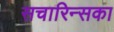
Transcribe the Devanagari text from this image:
सचारिन्सका